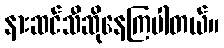
နားဆင်သီဆိုနေကြပါတယ်။